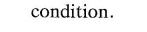
condition.